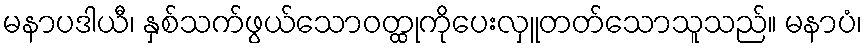
မနာပဒါယီ၊ နှစ်သက်ဖွယ်သောဝတ္ထုကိုပေးလှူတတ်သောသူသည်။ မနာပံ၊